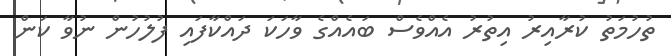
ތުހުމަތު ކުރާއިރު އިތުރު އެއްވެސް ބައެއްގެ ވާހަކަ ދައްކާފައި ފުލުހުން ނުވާ ކަން